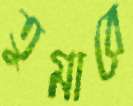
তুমারে